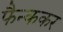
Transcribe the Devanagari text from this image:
फैन्ककर